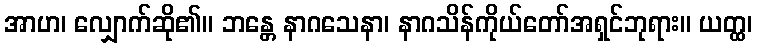
အာဟ၊ လျှောက်ဆို၏။ ဘန္တေ နာဂသေနာ၊ နာဂသိန်ကိုယ်တော်အရှင်ဘုရား။ ယတ္ထ၊